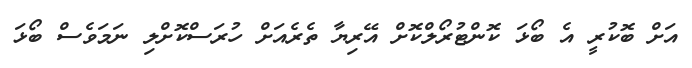
އަށް ބޮކުރީ އެ ބޯޅަ ކޮންޓުރޯލްކޮށް އޭރިޔާ ތެރެއަށް ހުރަސްކޮށްލި ނަމަވެސް ބޯޅަ